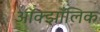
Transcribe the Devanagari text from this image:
ऑक्झाँलिक